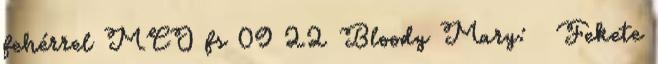
fehérrel MCO fs 09 22 Bloody Mary: ♀ Fekete